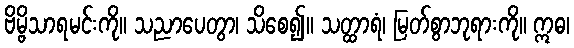
ဗိမ္ဗိသာရမင်းကို။ သညာပေတွာ၊ သိစေ၍။ သတ္ထာရံ၊ မြတ်စွာဘုရားကို။ ဣဓ၊